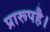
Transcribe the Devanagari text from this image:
प्रारूपहै।